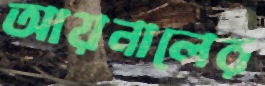
আয়নালের